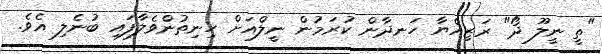
"ތީ ނީލޫ ދޯ" ރަޒިއްޔާ ހަނދާން ކުރަމުން ނީލްއަށް ހިނިތުންވެލާފައި ބުނެލި އެވެ.